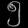
Digit: ၅